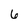
Character: 6